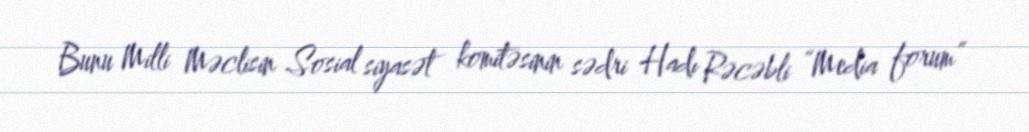
Bunu Milli Məclisin Sosial siyasət komitəsinin sədri Hadı Rəcəbli “Media forum”